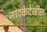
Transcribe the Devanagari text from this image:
नाटकेदेखील